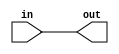
module Shift_R(in,out);
  input [15:0] in;
  output [15:0] out;
  parameter N = 0;
  assign out = (in >> N); 
endmodule